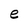
Character: e